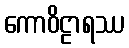
ကောဝိဠာရဿ